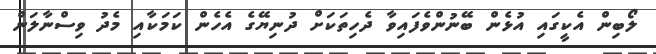
ލޯބިން އެކީގައި އުޅެން ބޭނުންވެފައިވާ ދެހިތަކަށް ދުނިޔޭގެ އެހެން ކަމަކާއި މެދު ވިސްނާލަން